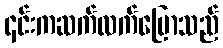
၎င်းကဆက်လက်ပြောသည်